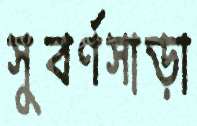
সুবর্ণসাড়া